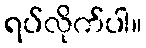
ရပ်လိုက်ပါ။